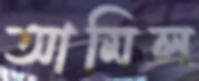
আমিল